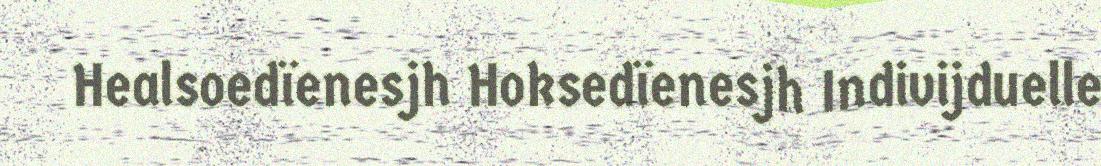
Healsoedïenesjh Hoksedïenesjh Indivijduelle